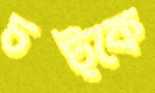
চট্‌কে